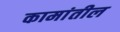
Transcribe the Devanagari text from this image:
कामांतील